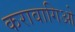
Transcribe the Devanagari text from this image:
करावागिओ